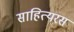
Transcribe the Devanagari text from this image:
साहित्यरस